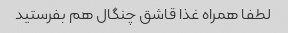
لطفا همراه غذا قاشق چنگال هم بفرستید